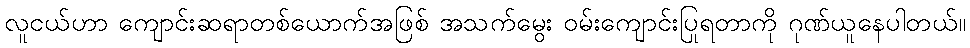
လူငယ်ဟာ ကျောင်းဆရာတစ်ယောက်အဖြစ် အသက်မွေး ဝမ်းကျောင်းပြုရတာကို ဂုဏ်ယူနေပါတယ်။